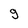
Character: g